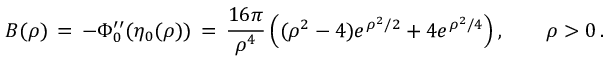
B ( \rho ) \, = \, - \Phi _ { 0 } ^ { \prime \prime } ( \eta _ { 0 } ( \rho ) ) \, = \, \frac { 1 6 \pi } { \rho ^ { 4 } } \, \Bigl ( ( \rho ^ { 2 } - 4 ) e ^ { \rho ^ { 2 } / 2 } + 4 e ^ { \rho ^ { 2 } / 4 } \Bigr ) \, , \qquad \rho > 0 \, .